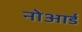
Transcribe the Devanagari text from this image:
नोआर्ड